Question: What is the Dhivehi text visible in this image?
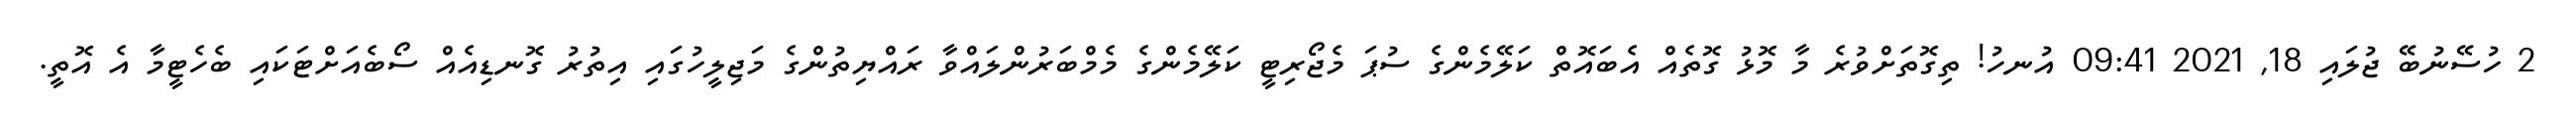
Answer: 2 ހުސޭނުބޭ ޖުލައި 18, 2021 09:41 އުނހު! ތިގޮތަށްވުރެ މާ މޮޅު ގޮތެއް އެބައޮތް ކަލޭމެންގެ ސުޕަ މެޖޯރިޓީ ކަލޭމެންގެ މެމްބަރުންލައްވާ ރައްޔިތުންގެ މަޖިލީހުގައި އިތުރު ގޮނޑިއެއް ސޯބެއަށްޓަކައި ބެހެޓީމާ އެ އޮތީ.